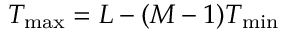
T _ { \operatorname* { m a x } } = L - ( M - 1 ) T _ { \operatorname* { m i n } }